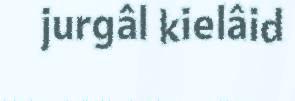
jurgâl kielâid